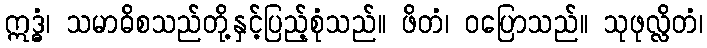
ဣဒ္ဓံ၊ သမာဓိစသည်တို့နှင့်ပြည့်စုံသည်။ ဖိတံ၊ ဝပြောသည်။ သုဖုလ္လိတံ၊